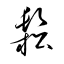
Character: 鬆